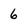
Character: 6